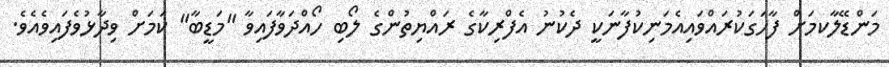
މަންޑޭލާކމަށް ފާހަގަކުރައްވައިއެމަނިކުފާނަކީ ދެކުނު އެފްރިކާގެ ރައްޔިތުންގެ ލޯބި ހޯއްދަވާފައިވާ "މަޑީބާ" ކަމަށް ވިދާޅުވެފައިވެއެވެ.